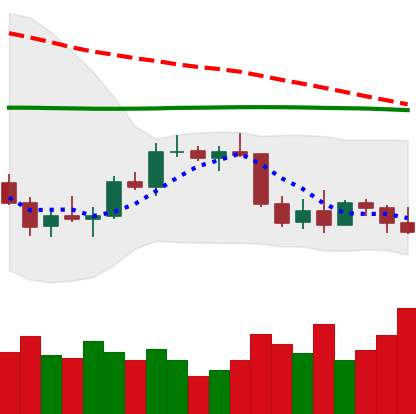
Ticker: BTC-USD
Chart end date: 2022-01-04
Forward return: -8.684%
Label: down_7plus